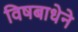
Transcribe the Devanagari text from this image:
विषबाधेने